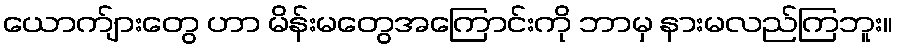
ယောက်ျားတွေ ဟာ မိန်းမတွေအကြောင်းကို ဘာမှ နားမလည်ကြဘူး။